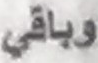
وباقي